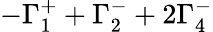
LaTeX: -\Gamma_{1}^{+}+\Gamma_{2}^{-}+2\Gamma_{4}^{-}